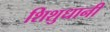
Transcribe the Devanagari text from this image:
शिशुधानी